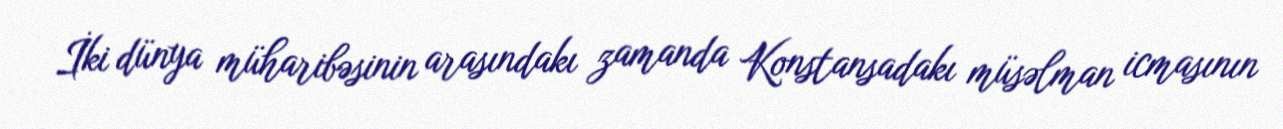
İki dünya müharibəsinin arasındakı zamanda Konstansadakı müsəlman icmasının